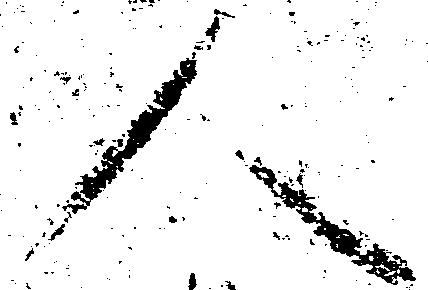
人